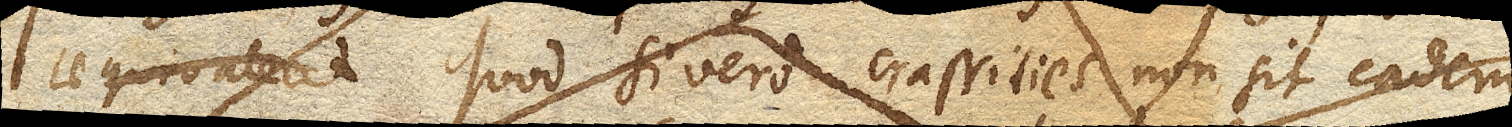
aequivaleat Quod si vero crassities non sit eadem,